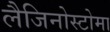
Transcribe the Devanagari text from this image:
लैजिनोस्टोमा